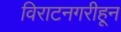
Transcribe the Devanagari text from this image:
विराटनगरीहून